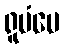
ရူပံပေ